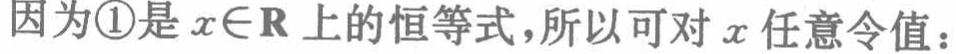
因为\textcircled{1}是\(x\in\mathbb{R}\)上的恒等式，所以可对\(x\)任意令值：